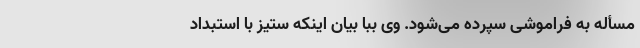
مسأله به فراموشی سپرده می‌شود. وی ببا بیان اینکه ستیز با استبداد